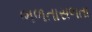
ભળતાસળતા